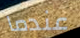
عندما